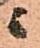
ニ